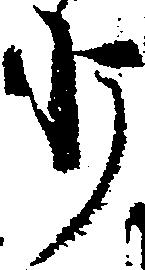
少